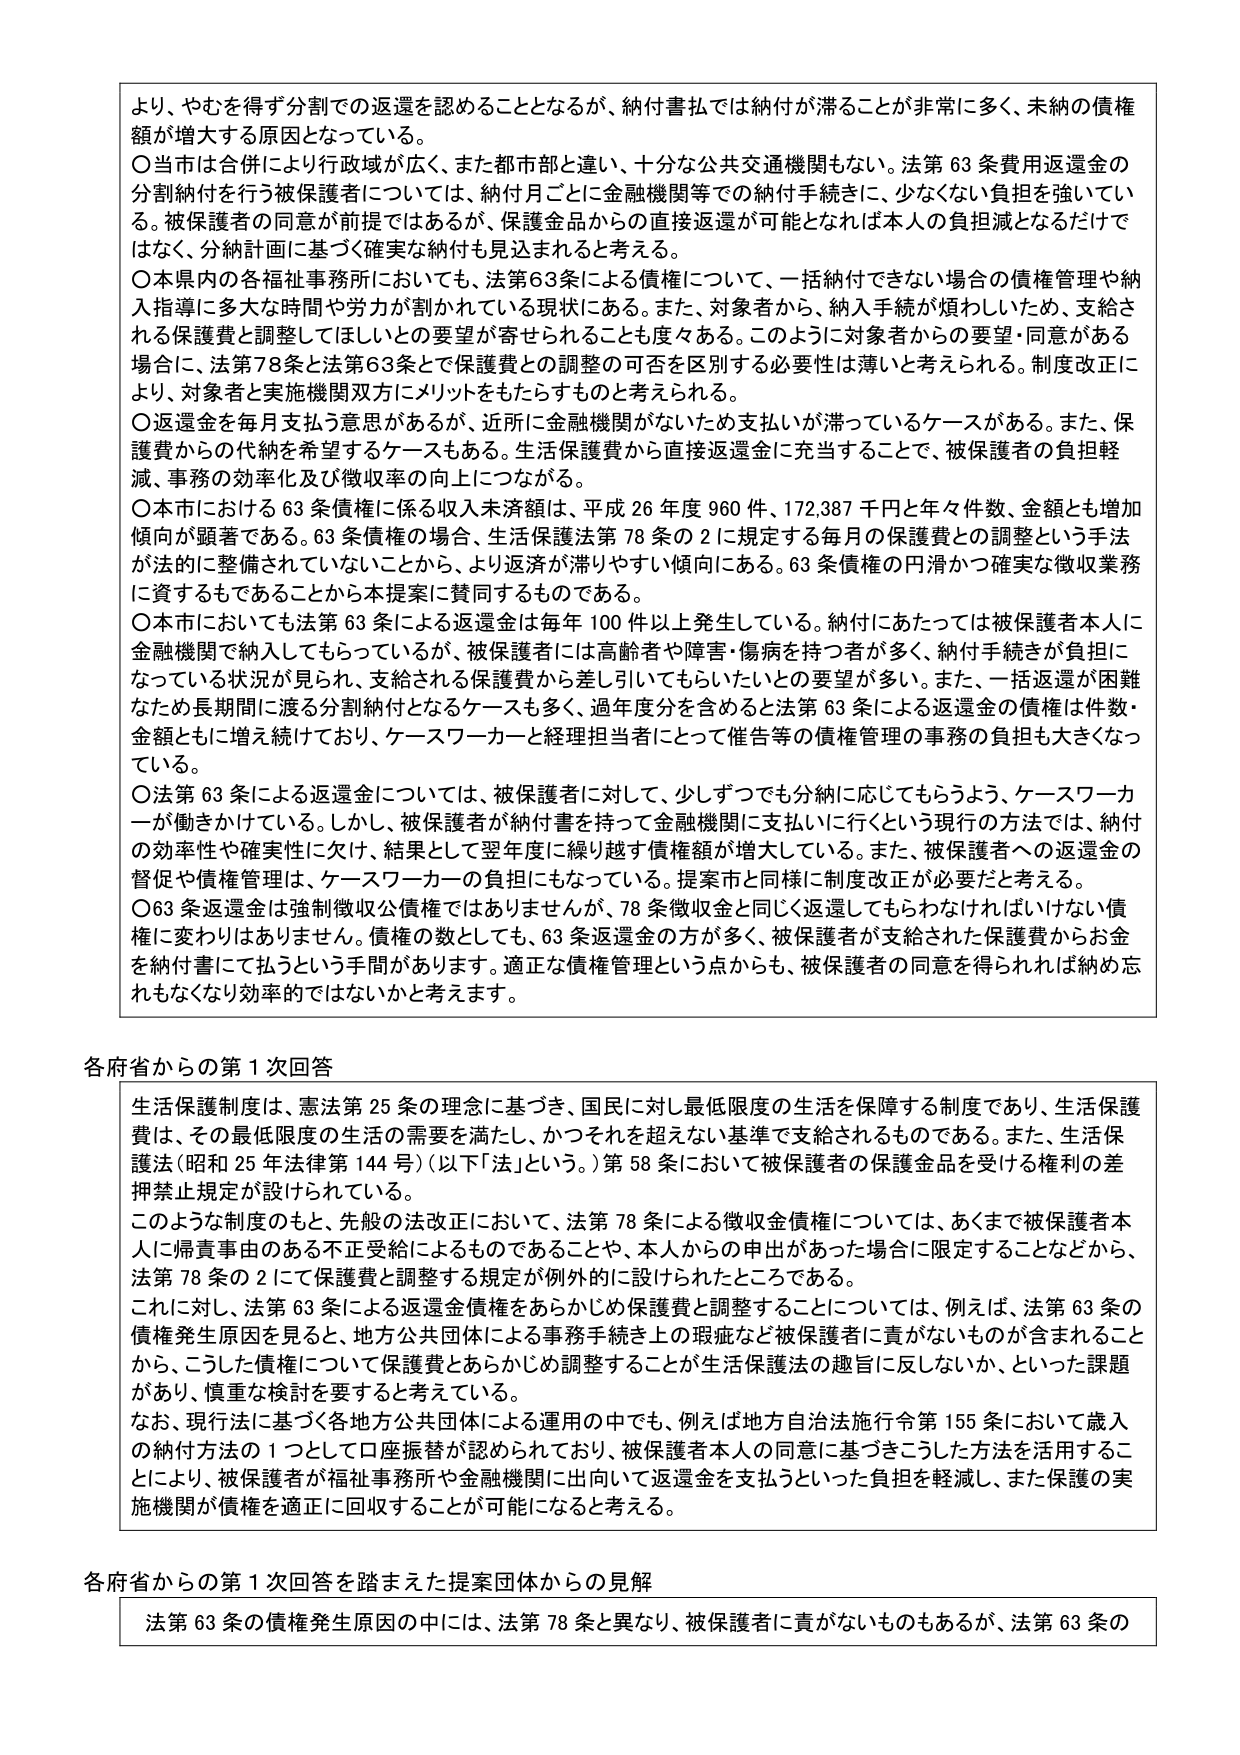
より、やむを得ず分割での返還を認めることとなるが、納付書払では納付が滞ることが非常に多く、未納の債権額が増大する原因となっている。

〇当市は合併により行政域が広く、また都市部と違い、十分な公共交通機関もない。法第63条費用返還金の分割納付を行う被保護者については、納付月ごとに金融機関等での納付手続きには、少なくない負担を強いている。被保護者の同意が前提ではあるが、保護金品からの直接返還が可能となれば本人の負担減となるだけではなく、分納計画に基づく確実な納付も見込まれると考える。

〇本県内の各福祉事務所においても、法第63条による債権について、一括納付できない場合の債権管理や納入指導に多大な時間や労力が割かれている現状にある。また、対象者から、納入手続きが煩わしいため、支給される保護費と調整してほしいとの要望が寄せられることも度々ある。このように対象者からの要望・同意がある場合に、法第78条と法第63条とで保護費との調整の可否を区別する必要性は薄いと考えられる。制度改正により、対象者と実施機関双方にメリットをもたらすものと考えられる。

〇返還金を毎月支払う意思があるが、近所に金融機関がないため支払いが滞っているケースがある。また、保護費からの代納を希望するケースもある。生活保護費から直接返還金に充当することで、被保護者の負担軽減、事務の効率化及び徴収率の向上につながる。

〇本市における63条債権に係る収入未済額は、平成26年度960件、172,387千円と年々件数、金額とも増加傾向が顕著である。63条債権の場合、生活保護法第78条の2に規定する毎月の保護費との調整という手法が法的に整備されていないことから、より返済が滞りやすい傾向にある。63条債権の円滑かつ確実な徴収業務に資するものであることから本提案に賛同するものである。

〇本市においても法第63条による返還金は毎年100件以上発生している。納付にあたっては被保護者本人に金融機関で納入してもらっているが、被保護者には高齢者や障害・傷病を持つ者が多く、納付手続きが負担になっている状況が見られ、支給される保護費から差し引いてもらいたいとの要望が多い。また、一括返還が困難なため長期間に渡る分割納付となるケースも多く、過年度分を含めると法第63条による返還金の債権は件数・金額ともに増え続けており、ケースワーカーと経理担当者にとって催告等の債権管理の事務の負担も大きくなっている。

〇法第63条による返還金については、被保護者に対して、少しずつでも分納に応じてもらうよう、ケースワーカーが働きかけている。しかし、被保護者が納付書を持って金融機関に支払いに行くという現行の方法では、納付の効率性や確実性に欠け、結果として翌年度に繰り越す債権額が増大している。また、被保護者への返還金の督促や債権管理は、ケースワーカーの負担にもなっている。提案市と同様に制度改正が必要だと考える。

〇63条返還金は強制徴収公債権ではありませんが、78条徴収金と同じく返還してもらわなければいけない債権に変わりはありません。債権の数としても、63条返還金の方が多く、被保護者が支給された保護費からお金を納付書にて払うという手間があります。適正な債権管理という点からも、被保護者の同意を得られれば納め忘れもなくなり効率的ではないかと考えます。

各府省からの第1次回答

生活保護制度は、憲法第25条の理念に基づき、国民に対し最低限度の生活を保障する制度であり、生活保護費は、その最低限度の生活の需要を満たし、かつそれを超えない基準で支給されるものである。また、生活保護法（昭和25年法律第144号）（以下「法」という。）第58条において被保護者の保護金品を受ける権利の差押禁止規定が設けられている。

このような制度のもと、先般の法改正において、法第78条による徴収金債権については、あくまで被保護者本人に帰責事由のある不正受給によるものであることや、本人からの申出があった場合に限定することなどから、法第78条の2にて保護費と調整する規定が例外的に設けられたところである。

これに対し、法第63条による返還金債権をあらかじめ保護費と調整することについては、例えば、法第63条の債権発生原因を見ると、地方公共団体による事務手続き上の瑕疵など被保護者に責がないものが含まれることから、こうした債権について保護費とあらかじめ調整することが生活保護法の趣旨に反しないか、といった課題があり、慎重な検討を要すると考えている。

なお、現行法に基づく各地方公共団体による運用の中でも、例えば地方自治法施行令第155条において歳入の納付方法の1つとして口座振替が認められており、被保護者本人の同意に基づきこうした方法を活用することにより、被保護者が福祉事務所や金融機関に出向いて返還金を支払うといった負担を軽減し、また保護の実施機関が債権を適正に回収することが可能になると考える。

各府省からの第1次回答を踏まえた提案団体からの見解

法第63条の債権発生原因の中には、法第78条と異なり、被保護者に責がないものもあるが、法第63条の